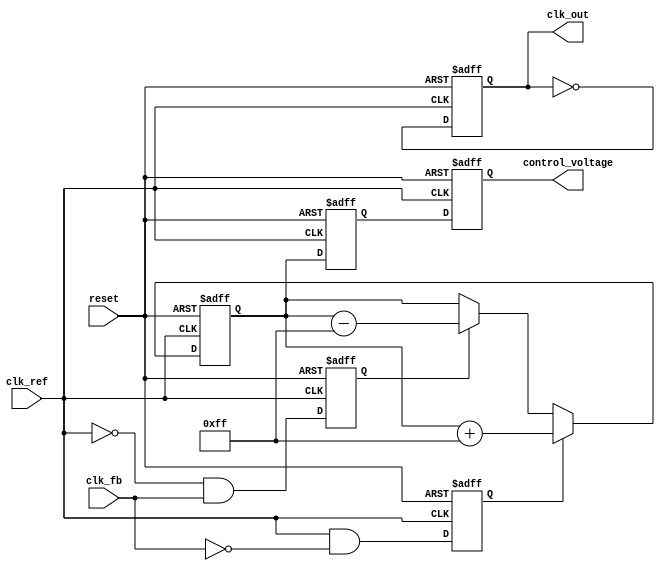
module CP_PLL (
    input wire clk_ref,          // Reference clock input
    input wire clk_fb,           // Feedback clock input
    input wire reset,            // Asynchronous reset
    output reg clk_out,          // Output clock
    output reg [7:0] control_voltage // Control voltage for VCO (for simulation purposes)
);

// Parameters
parameter UP_CURRENT = 8'hFF; // Charge pump UP current
parameter DOWN_CURRENT = 8'hFF; // Charge pump DOWN current
parameter VCO_MAX_FREQ = 8'hFF; // Max frequency for VCO
parameter VCO_MIN_FREQ = 8'h00; // Min frequency for VCO

// Internal signals
reg up, down;
reg [7:0] charge_pump_output;
reg [7:0] vco_frequency;
reg [7:0] loop_filter_output;

// Phase Frequency Detector (PFD)
always @(posedge clk_ref or posedge reset) begin
    if (reset) begin
        up <= 1'b0;
        down <= 1'b0;
    end else begin
        up <= (clk_ref && !clk_fb);   // UP signal when ref clock leads feedback clock
        down <= (!clk_ref && clk_fb);  // DOWN signal when feedback clock leads ref clock
    end
end

// Charge Pump
always @(posedge clk_ref or posedge reset) begin
    if (reset) begin
        charge_pump_output <= 8'd0;
    end else begin
        if (up) begin
            charge_pump_output <= charge_pump_output + UP_CURRENT; // Charge
        end else if (down) begin
            charge_pump_output <= charge_pump_output - DOWN_CURRENT; // Discharge
        end
    end
end

// Loop Filter (simple first-order filter)
always @(posedge clk_ref or posedge reset) begin
    if (reset) begin
        loop_filter_output <= 8'd0;
    end else begin
        loop_filter_output <= charge_pump_output; // For simplicity, we use direct output
    end
end

// Voltage-Controlled Oscillator (VCO)
always @(posedge clk_ref or posedge reset) begin
    if (reset) begin
        vco_frequency <= 8'd0; // Initialize VCO frequency
        clk_out <= 1'b0; // Initialize output clock
    end else begin
        // Control VCO frequency based on loop filter output
        if (loop_filter_output > VCO_MAX_FREQ) begin
            vco_frequency <= VCO_MAX_FREQ;
        end else if (loop_filter_output < VCO_MIN_FREQ) begin
            vco_frequency <= VCO_MIN_FREQ;
        end else begin
            vco_frequency <= loop_filter_output; // Set VCO frequency
        end

        // Generate output clock based on VCO frequency (simple toggle)
        clk_out <= ~clk_out; // This is a placeholder; you would need a more sophisticated VCO design
    end
end

// Control Voltage Output
always @(posedge clk_ref or posedge reset) begin
    if (reset) begin
        control_voltage <= 8'd0;
    end else begin
        control_voltage <= loop_filter_output; // Output control voltage for monitoring
    end
end

endmodule